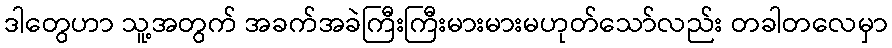
ဒါတွေဟာ သူ့အတွက် အခက်အခဲကြီးကြီးမားမားမဟုတ်သော်လည်း တခါတလေမှာ